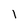
Character: 1